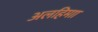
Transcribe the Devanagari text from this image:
अलहिमाा